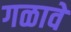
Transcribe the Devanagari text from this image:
गळावे